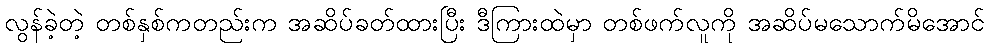
လွန်ခဲ့တဲ့ တစ်နှစ်ကတည်းက အဆိပ်ခတ်ထားပြီး ဒီကြားထဲမှာ တစ်ဖက်လူကို အဆိပ်မသောက်မိအောင်